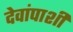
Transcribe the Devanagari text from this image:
देवांपाशी